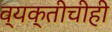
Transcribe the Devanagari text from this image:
व्यक्तीचीही